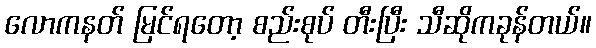
လောကနတ် မြင်ရတော့ စည်းစုပ် တီးပြီး သီဆိုကခုန်တယ်။